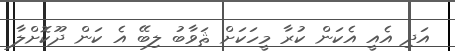
އަދި އެއީ އެކަން ކުރާ މީހަކަށް ޘަވާބު ލިބޭ އެ ކަން ދޫކޮށްލާ